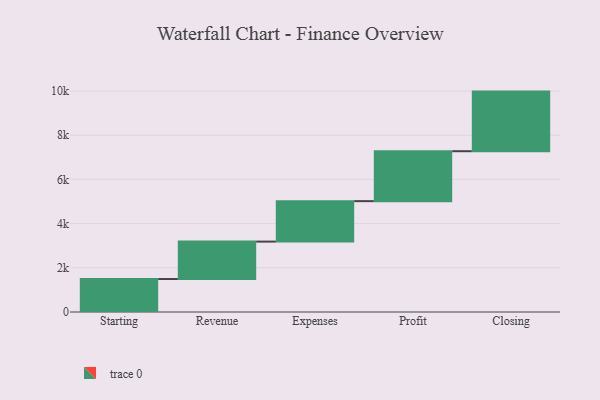
{"axis": {"x": "Step", "y": "Value"}, "legend": [""], "data": [{"x": "Starting", "y": 1492.0, "type": ""}, {"x": "Revenue", "y": 1694.0, "type": ""}, {"x": "Expenses", "y": 1831.0, "type": ""}, {"x": "Profit", "y": 2260.0, "type": ""}, {"x": "Closing", "y": 2697.0, "type": ""}]}